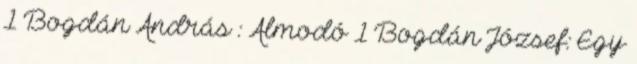
1 Bogdán András : Álmodó 1 Bogdán József: Egy